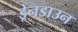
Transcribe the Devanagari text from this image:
ड्रेनडाउन